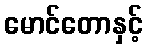
မောင်တောနှင့်